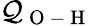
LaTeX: \mathcal{Q}_{\mathrm{{~O~-~H~}}}